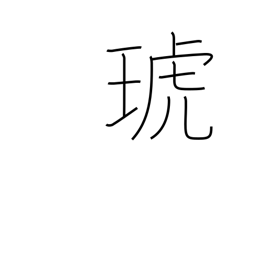
Meaning: jewelled utensil